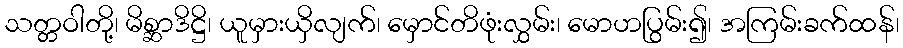
သတ္တဝါတို့၊ မိစ္ဆာဒိဋ္ဌိ၊ ယူမှားယှိလျက်၊ မှောင်တိဖုံးလွှမ်း၊ မောဟပြွမ်း၍၊ အကြမ်းခက်ထန်၊